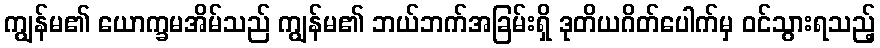
ကျွန်မ၏ ယောက္ခမအိမ်သည် ကျွန်မ၏ ဘယ်ဘက်အခြမ်းရှိ ဒုတိယဂိတ်ပေါက်မှ ဝင်သွားရသည့်